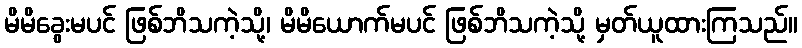
မိမိခွေးမပင် ဖြစ်ဘိသကဲ့သို့၊ မိမိယောက်မပင် ဖြစ်ဘိသကဲ့သို့ မှတ်ယူထားကြသည်။